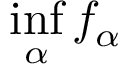
\operatorname* { i n f } _ { \alpha } f _ { \alpha }